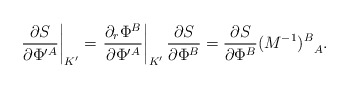
\begin{align*}\left. {\partial S\over \partial \Phi^{\prime A}}\right|_{K^\prime}=\left. {\partial_r \Phi^B\over \partial \Phi^{\prime A}}\right|_{K^\prime}{\partial S\over \partial \Phi^B}={\partial S\over \partial \Phi^B}{(M^{-1})^B}_A.\end{align*}